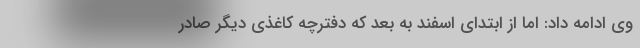
وی ادامه داد: اما از ابتدای اسفند به بعد که دفترچه کاغذی دیگر صادر